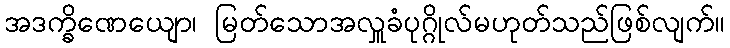
အဒက္ခိဏေယျော၊ မြတ်သောအလှူခံပုဂ္ဂိုလ်မဟုတ်သည်ဖြစ်လျက်။